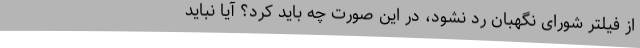
از فیلتر شورای نگهبان رد نشود، در این صورت چه باید کرد؟ آیا نباید